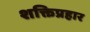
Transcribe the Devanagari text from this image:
शक्तिप्रहार